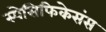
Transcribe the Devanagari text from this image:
स्पेसिफिकेसंस